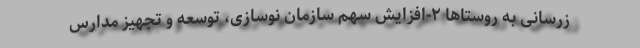
زرسانی به روستاها ۲-افزایش سهم سازمان نوسازی، توسعه و تجهیز مدارس